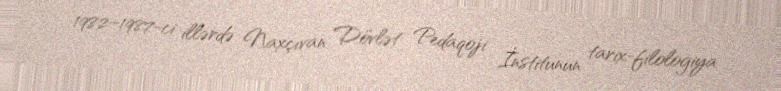
1982–1987-ci illərdə Naxçıvan Dövlət Pedaqoji İnstitunun tarix-filologiya